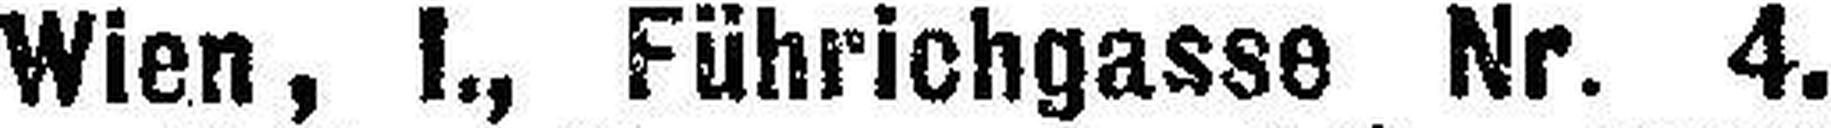
Wien, I., Führichgasse Nr. 4.